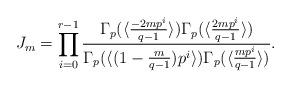
LaTeX: \begin{align*}J_m&=\prod_{i=0}^{r-1}\frac{\Gamma_p(\langle\frac{-2mp^i}{q-1}\rangle)\Gamma_p(\langle\frac{2mp^i}{q-1}\rangle)}{\Gamma_p(\langle(1-\frac{m}{q-1})p^i\rangle)\Gamma_p(\langle\frac{mp^i}{q-1}\rangle)}.\end{align*}